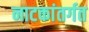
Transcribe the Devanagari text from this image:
नाटकांतर्गत